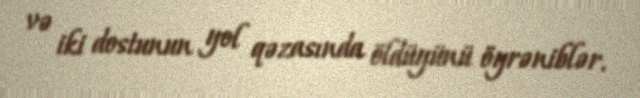
və iki dostunun yol qəzasında öldüyünü öyrəniblər.